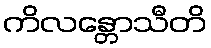
ကိလန္တောသီတိ